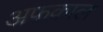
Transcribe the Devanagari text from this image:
अफकाल